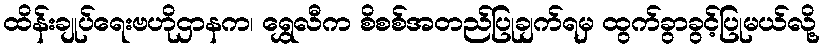
ထိန်းချုပ်ရေးဗဟိုဌာနက၊ ရွှေလီက စိစစ်အတည်ပြုချက်ရမှ ထွက်ခွာခွင့်ပြုမယ်လို့